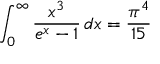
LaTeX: \int _ { 0 } ^ { \infty } { \frac { x ^ { 3 } } { e ^ { x } - 1 } } \, d x = { \frac { \pi ^ { 4 } } { 1 5 } }